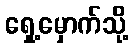
ရှေ့မှောက်သို့